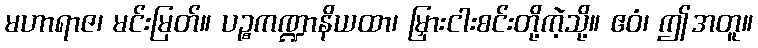
မဟာရာဇ၊ မင်းမြတ်။ ပဉ္စကဏ္ဍာနိယထာ၊ မြှားငါးစင်းတို့ကဲ့သို့။ ဧဝံ၊ ဤအတူ။